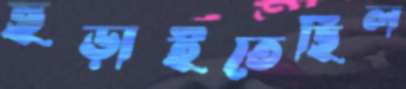
ছড়াইতেছিল